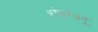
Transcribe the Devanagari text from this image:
शंभरधनू